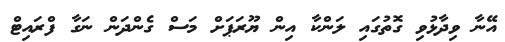
އޭނާ ވިދާޅުވި ގޮތުގައި ލަންކާ އިން ޔޫރަޕަށް މަސް ގެންދަން ނަގާ ފްރައިޓް